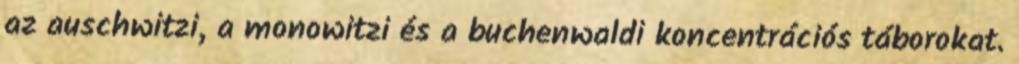
az auschwitzi, a monowitzi és a buchenwaldi koncentrációs táborokat.